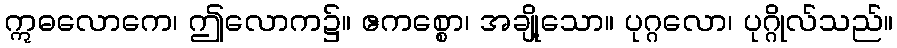
ဣဓလောကေ၊ ဤလောက၌။ ဧကစ္စော၊ အချို့သော။ ပုဂ္ဂလော၊ ပုဂ္ဂိုလ်သည်။